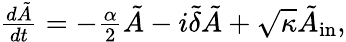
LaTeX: \begin{array}{r}{\frac{d\tilde{A}}{dt}=-\frac{\alpha}{2}\tilde{A}-i\tilde{\delta}\tilde{A}+\sqrt{\kappa}\tilde{A}_{\mathrm{in}},}\end{array}